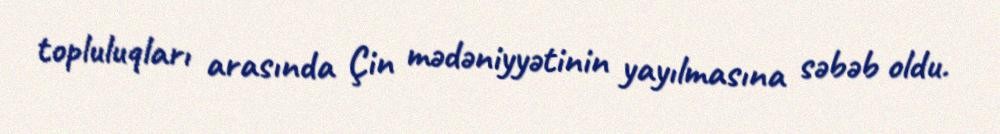
topluluqları arasında Çin mədəniyyətinin yayılmasına səbəb oldu.